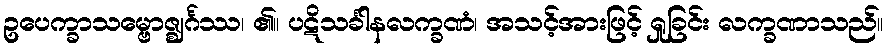
ဥပေက္ခာသမ္ဗောဇ္ဈင်္ဂဿ၊ ၏။ ပဋိသင်္ခါနလက္ခဏံ၊ အသင့်အားဖြင့် ရှုခြင်း လက္ခဏာသည်။